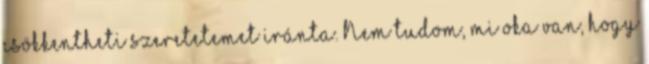
csökkentheti szeretetemet iránta. Nem tudom, mi oka van, hogy